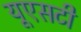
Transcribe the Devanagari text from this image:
यूएसटी